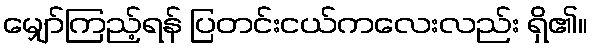
မျှော်ကြည့်ရန် ပြတင်းငယ်ကလေးလည်း ရှိ၏။